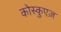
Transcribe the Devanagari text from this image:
कोस्कुएज़